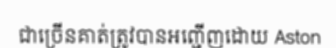
ជាច្រើនគាត់ត្រូវបានអញ្ជើញដោយ Aston